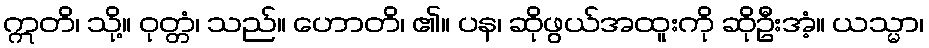
ဣတိ၊ သို့။ ဝုတ္တံ၊ သည်။ ဟောတိ၊ ၏။ ပန၊ ဆိုဖွယ်အထူးကို ဆိုဦးအံ့။ ယသ္မာ၊